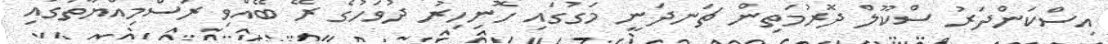
އިސްކަންދަރު ސްކޫލް ދޮރުމަތިން ޗަނދަނީ މަގުގައި ހޮނިހިރު ދުވަހުގެ ރޭ ބޭއްވި ރަސްމިއްޔާތުގައި